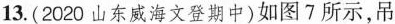
13.(2020山东威海文登期中)如图7所示，吊